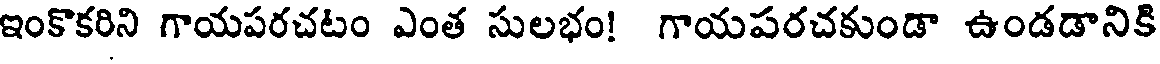
ఇంకొకరిని గాయపరచటం ఎంత సులభం! గాయపరచకుండా ఉండడానికి